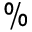
\%